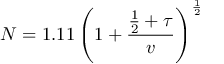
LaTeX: N = 1 . 1 1 \left( 1 + { \frac { { \frac { 1 } { 2 } } + \tau } { v } } \right) ^ { \frac { 1 } { 2 } }